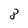
Character: 8